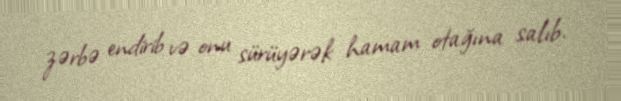
zərbə endirib və onu sürüyərək hamam otağına salıb.